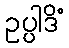
ဥပ္ပါဒိံ